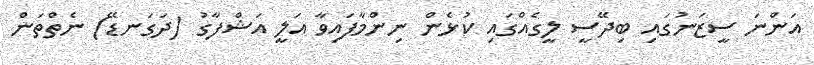
އަންނަ ސީޒަނުގައި ބިދޭސީ ލީގެއްގައި ކުޅެން ނިންމާފައިވާ އަލީ އަޝްފާގު (ދަގަނޑޭ) ނެތްތަން